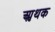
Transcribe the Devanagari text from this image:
आॢथक